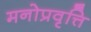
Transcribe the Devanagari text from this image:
मनोप्रवृत्ति